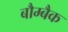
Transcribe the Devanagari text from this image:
बौम्बैक